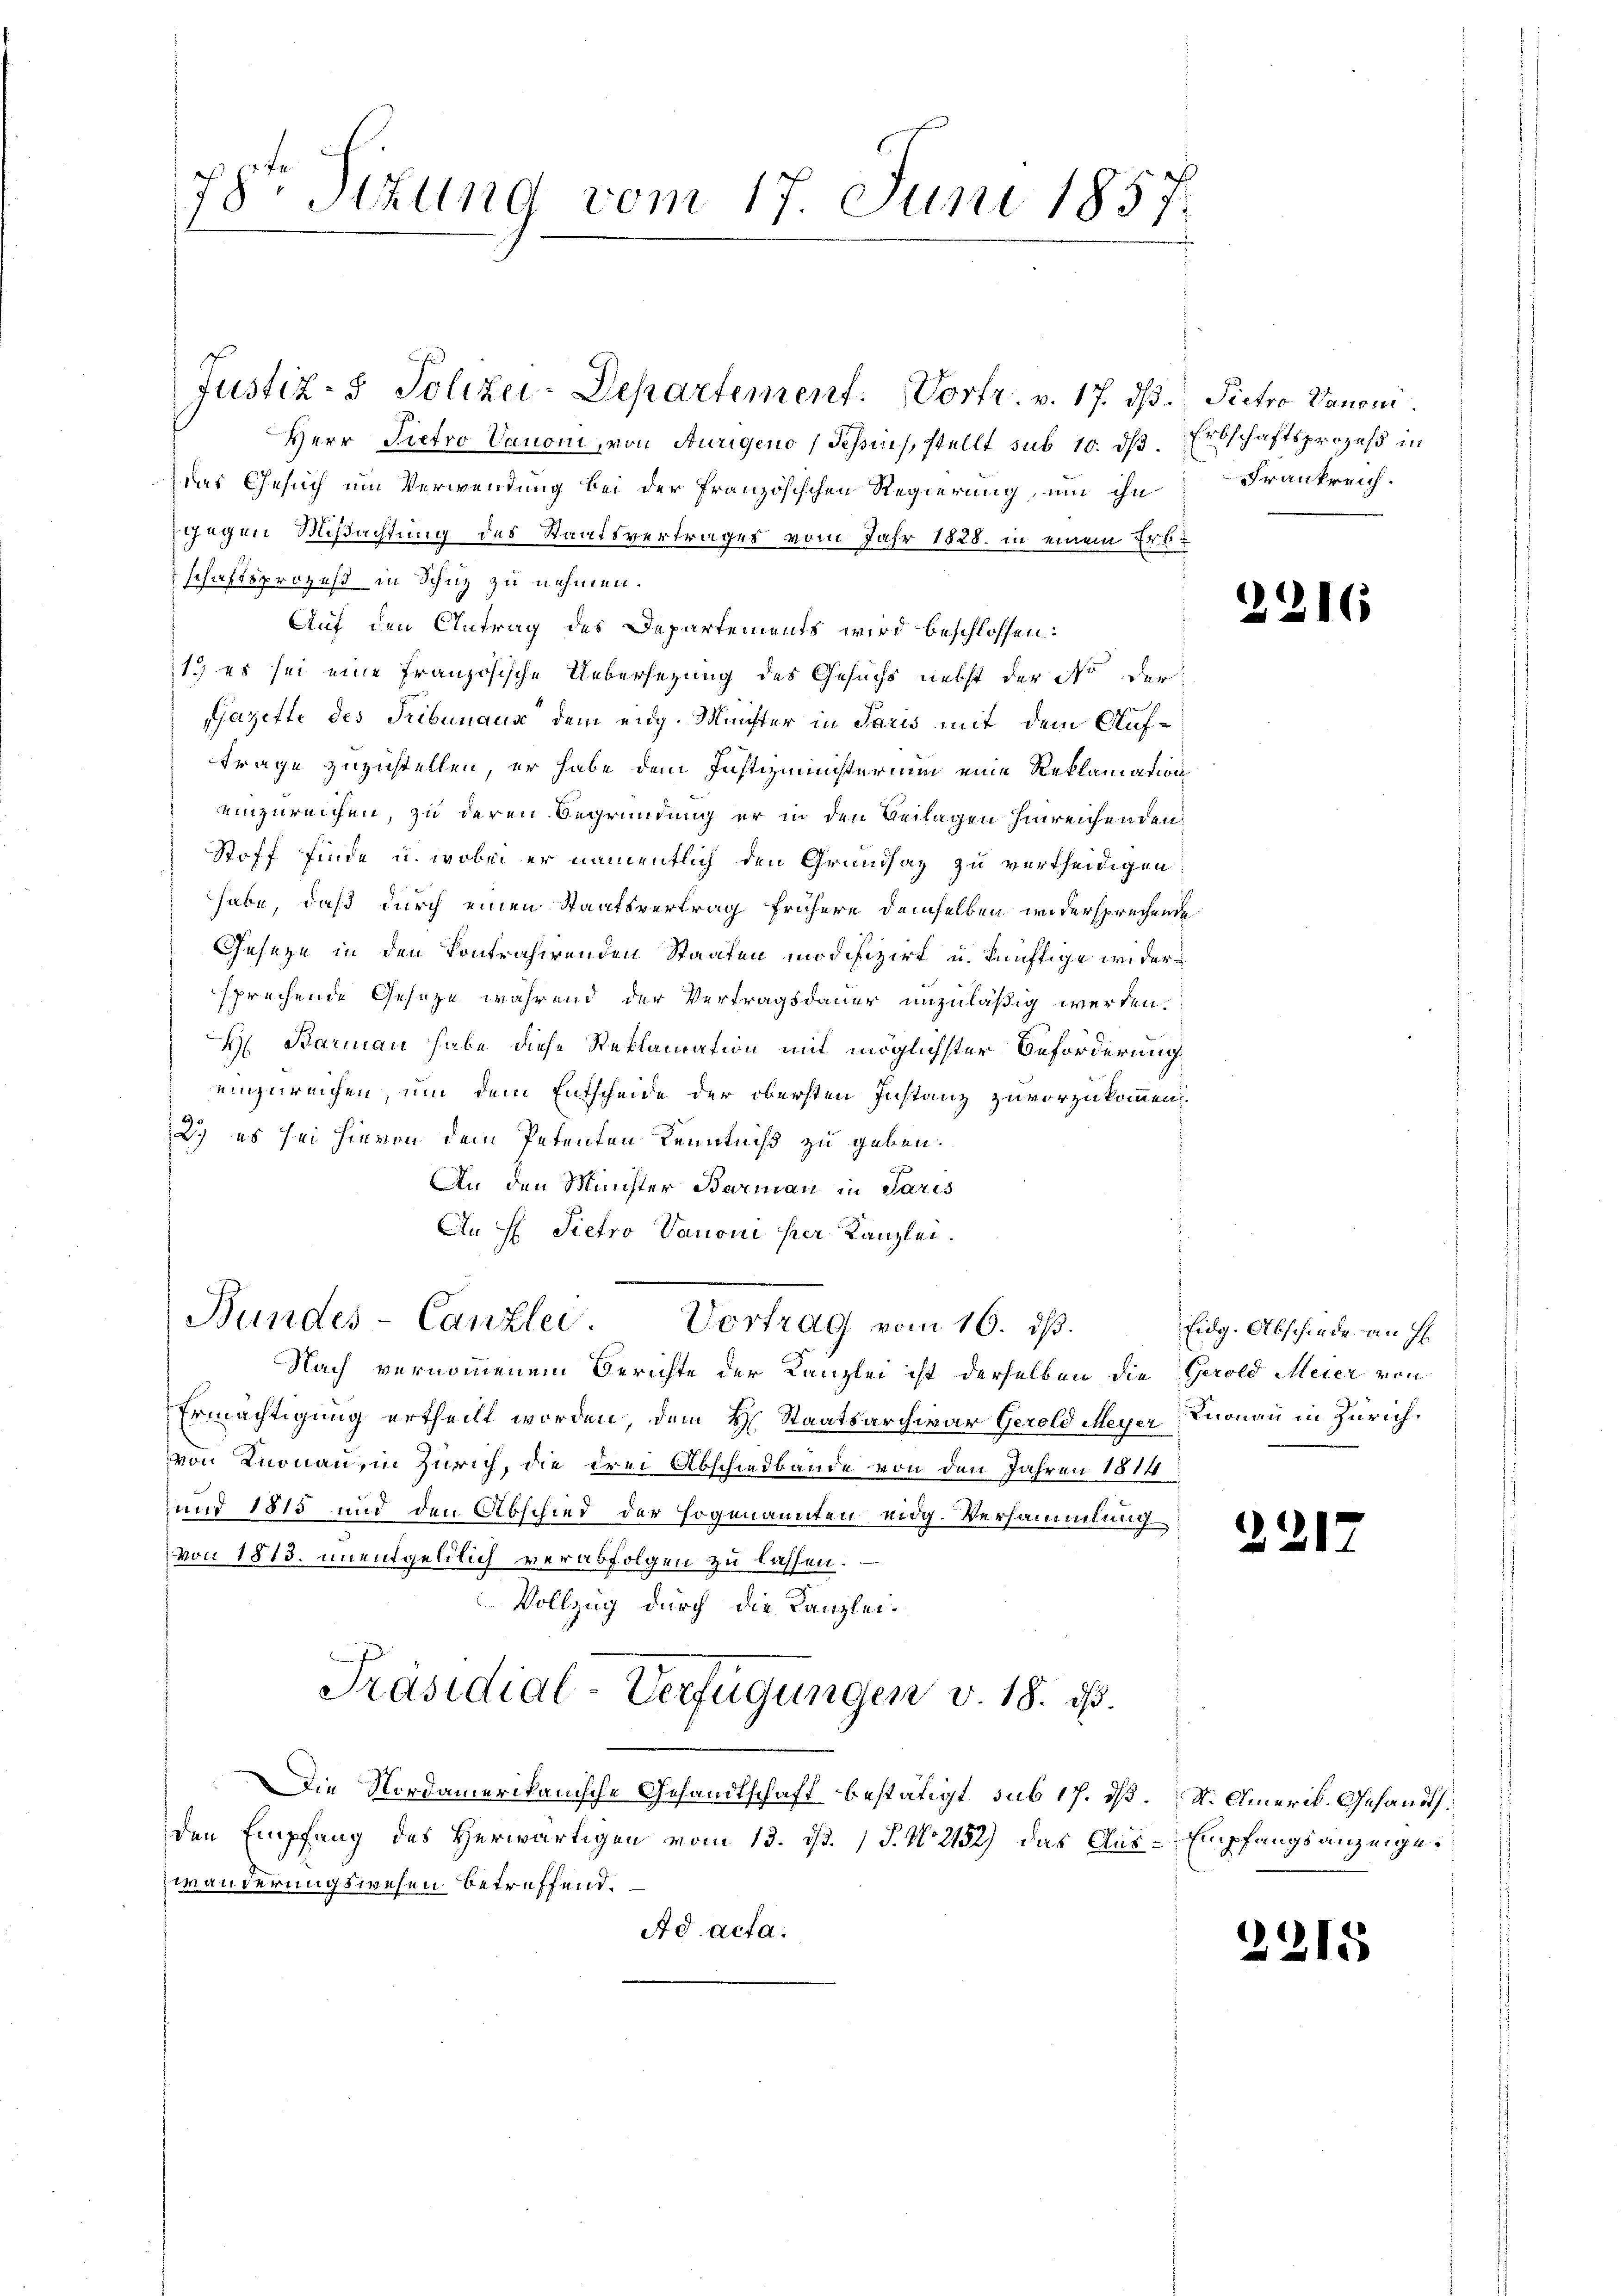
Herr Pietro Vanoni, von Aurigens (Schen, stellt sub 10. dß. Erbschaftsprozeß in
der Gesuch um Verwendung bei der französischen Regierung, um ihn
gegen Mißachtung des Staatsvertrages vom Jahr 1828. in einem Erbschaftsprozeß in Schuz zu nehmen.
Auf den Antrag des Departements wird beschlossen:
1. es sei eine französische Uebersetzung des Gesuchs nebst der No der
1
azette des Tribunaus dem eidg. Münster in Paris mit dem Auf¬
Frage zuzustellen, er habe dem Justizministerium eine Reklamation
einzureichen, zu deren Begründung er in den Beilagen hinreichenden
Stoff finde u. wobei er namentlich den Grundsaz zu vertheidigen
habe, daß durch einen Staatsvertrag frühere demselben widersprechende
Geseze in den Kontrahirenden Staaten modifizirt u. künftige widersprechende Geseze während der Vertragsdauer unzuläßig werden.
H. Barmann habe diese Reklamation mit möglichster Beförderung
einzureichen, um dem Entscheide der obersten Instanz zuvorzukommen.
2.) es sei hievon dem Petenten Kenntniß zu geben.
An den Münster Barmann in Paris
An H. Pietro Vanoni per Kanzlei.
Bundes-Canzlei. Vortrag vom 16. dβ.
Nach vernommenem Berichte der Kanzlei ist derselben die Gerold Meier von
Ermächtigung ertheilt worden, dem H. Staatsarchivar Gerold Meyer Knonau in Zürichvon Knonau, in Zürich, die drei Abschiedbande von den Jahren 1814
 und 1815 und den Abschied der sogenannten eidg. Versammlung
von 1813. unentgeldlich verabfolgen zu lassen.
Vollzug durch die Kanzlei¬
Präsidial-Verfügungen v. 18. ds.
Die Nordamerikanische Gehandlschaft bestätigt, sub 17. ds. St. Amerik. Gesandts
den Empfang des Herwärtigen vom 13. d. J. No 2152) das Aus-Empfangsanzeigewänderungswesen betreffend.
Ad acta.

78te Situng vom 17. Juni 1857.

Justiz- & Polizei-Departement. Vortr. v. 17. ds. Pietro Vanoni

Frankreich.

2216

Eidg. Abschiede an H

2217

2315